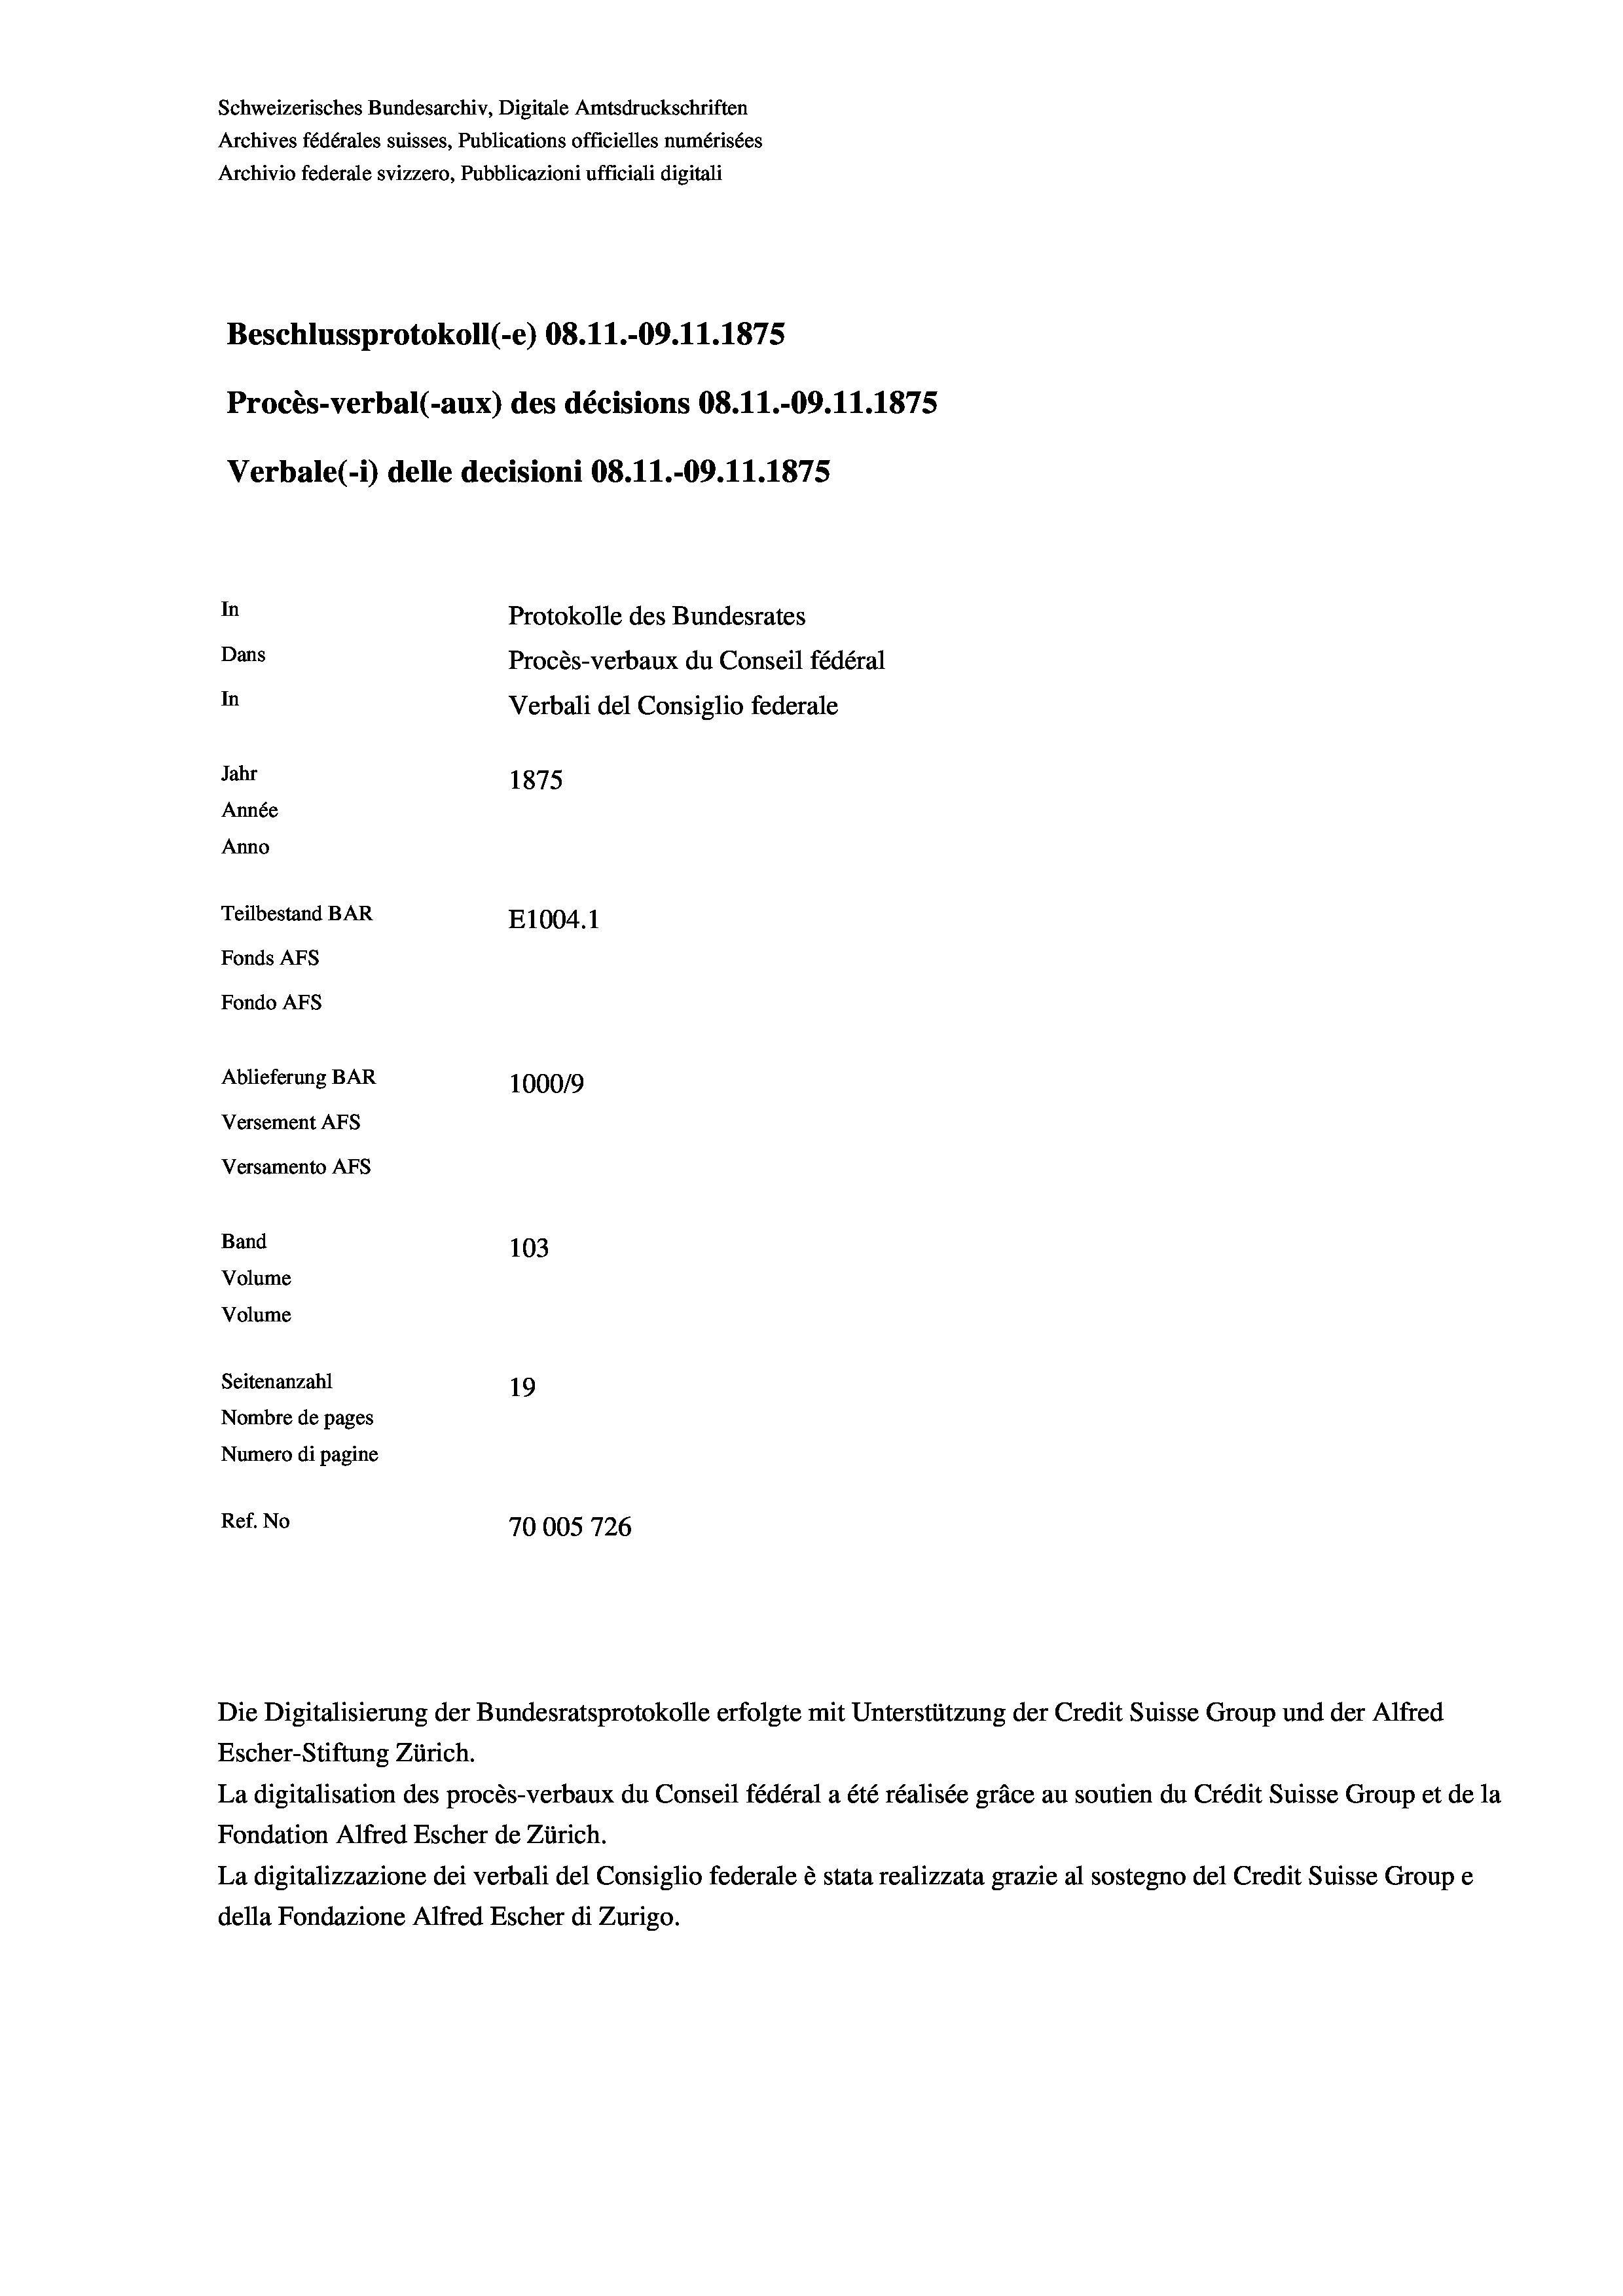
Beschlussprotokoll (-e) 08.11.-09.11.1875
Procès-verbal (-aux) des décisions 08.11.-09.11.1875
In
Protokolle des Bundesrates
Dans
Procès-verbaux du Conseil fédéral
In
Verbali del Consiglio federale
Jahr
1875
Année
Anno
Teilbestand BAR
E1004. 1
Fonds Afs
Fondo Afs

Ablieferung BAR
Versement AFs
Versamento Afs
Band
Volume
Volume
Seitenanzahl

Verbale(*) delle decisioni 08.11.-09.11.1875

103
19
Nombre de pages
Numero di pagine
Ref. No
70005 726

100019

Die Digitalisierung der Bundesratsprotokolle erfolgte mit Unterstützung der Credit Suisse Group und der Alfred
Escher-Stiftung Zürich.
La digitalisation des procès-verbaux du Conseil fédéral a été réalisée gräce au soutien du Crédit Suisse Group et de la
Fondation Alfred Escher de Zürich.
La digitalizzazione dei verbali del Consiglio federale è stata realizzata grazie al sostegno del Credit Suisse Groupe
della Fondazione Alfred Escher di Zurigo.

Schweizerisches Bundesarchiv, Digitale Amtsdruckschriften
Archives fédérales suisses, Publications officielles numérisées
Archivio federale svizzero, Pubblicazioni ufficiali digitali